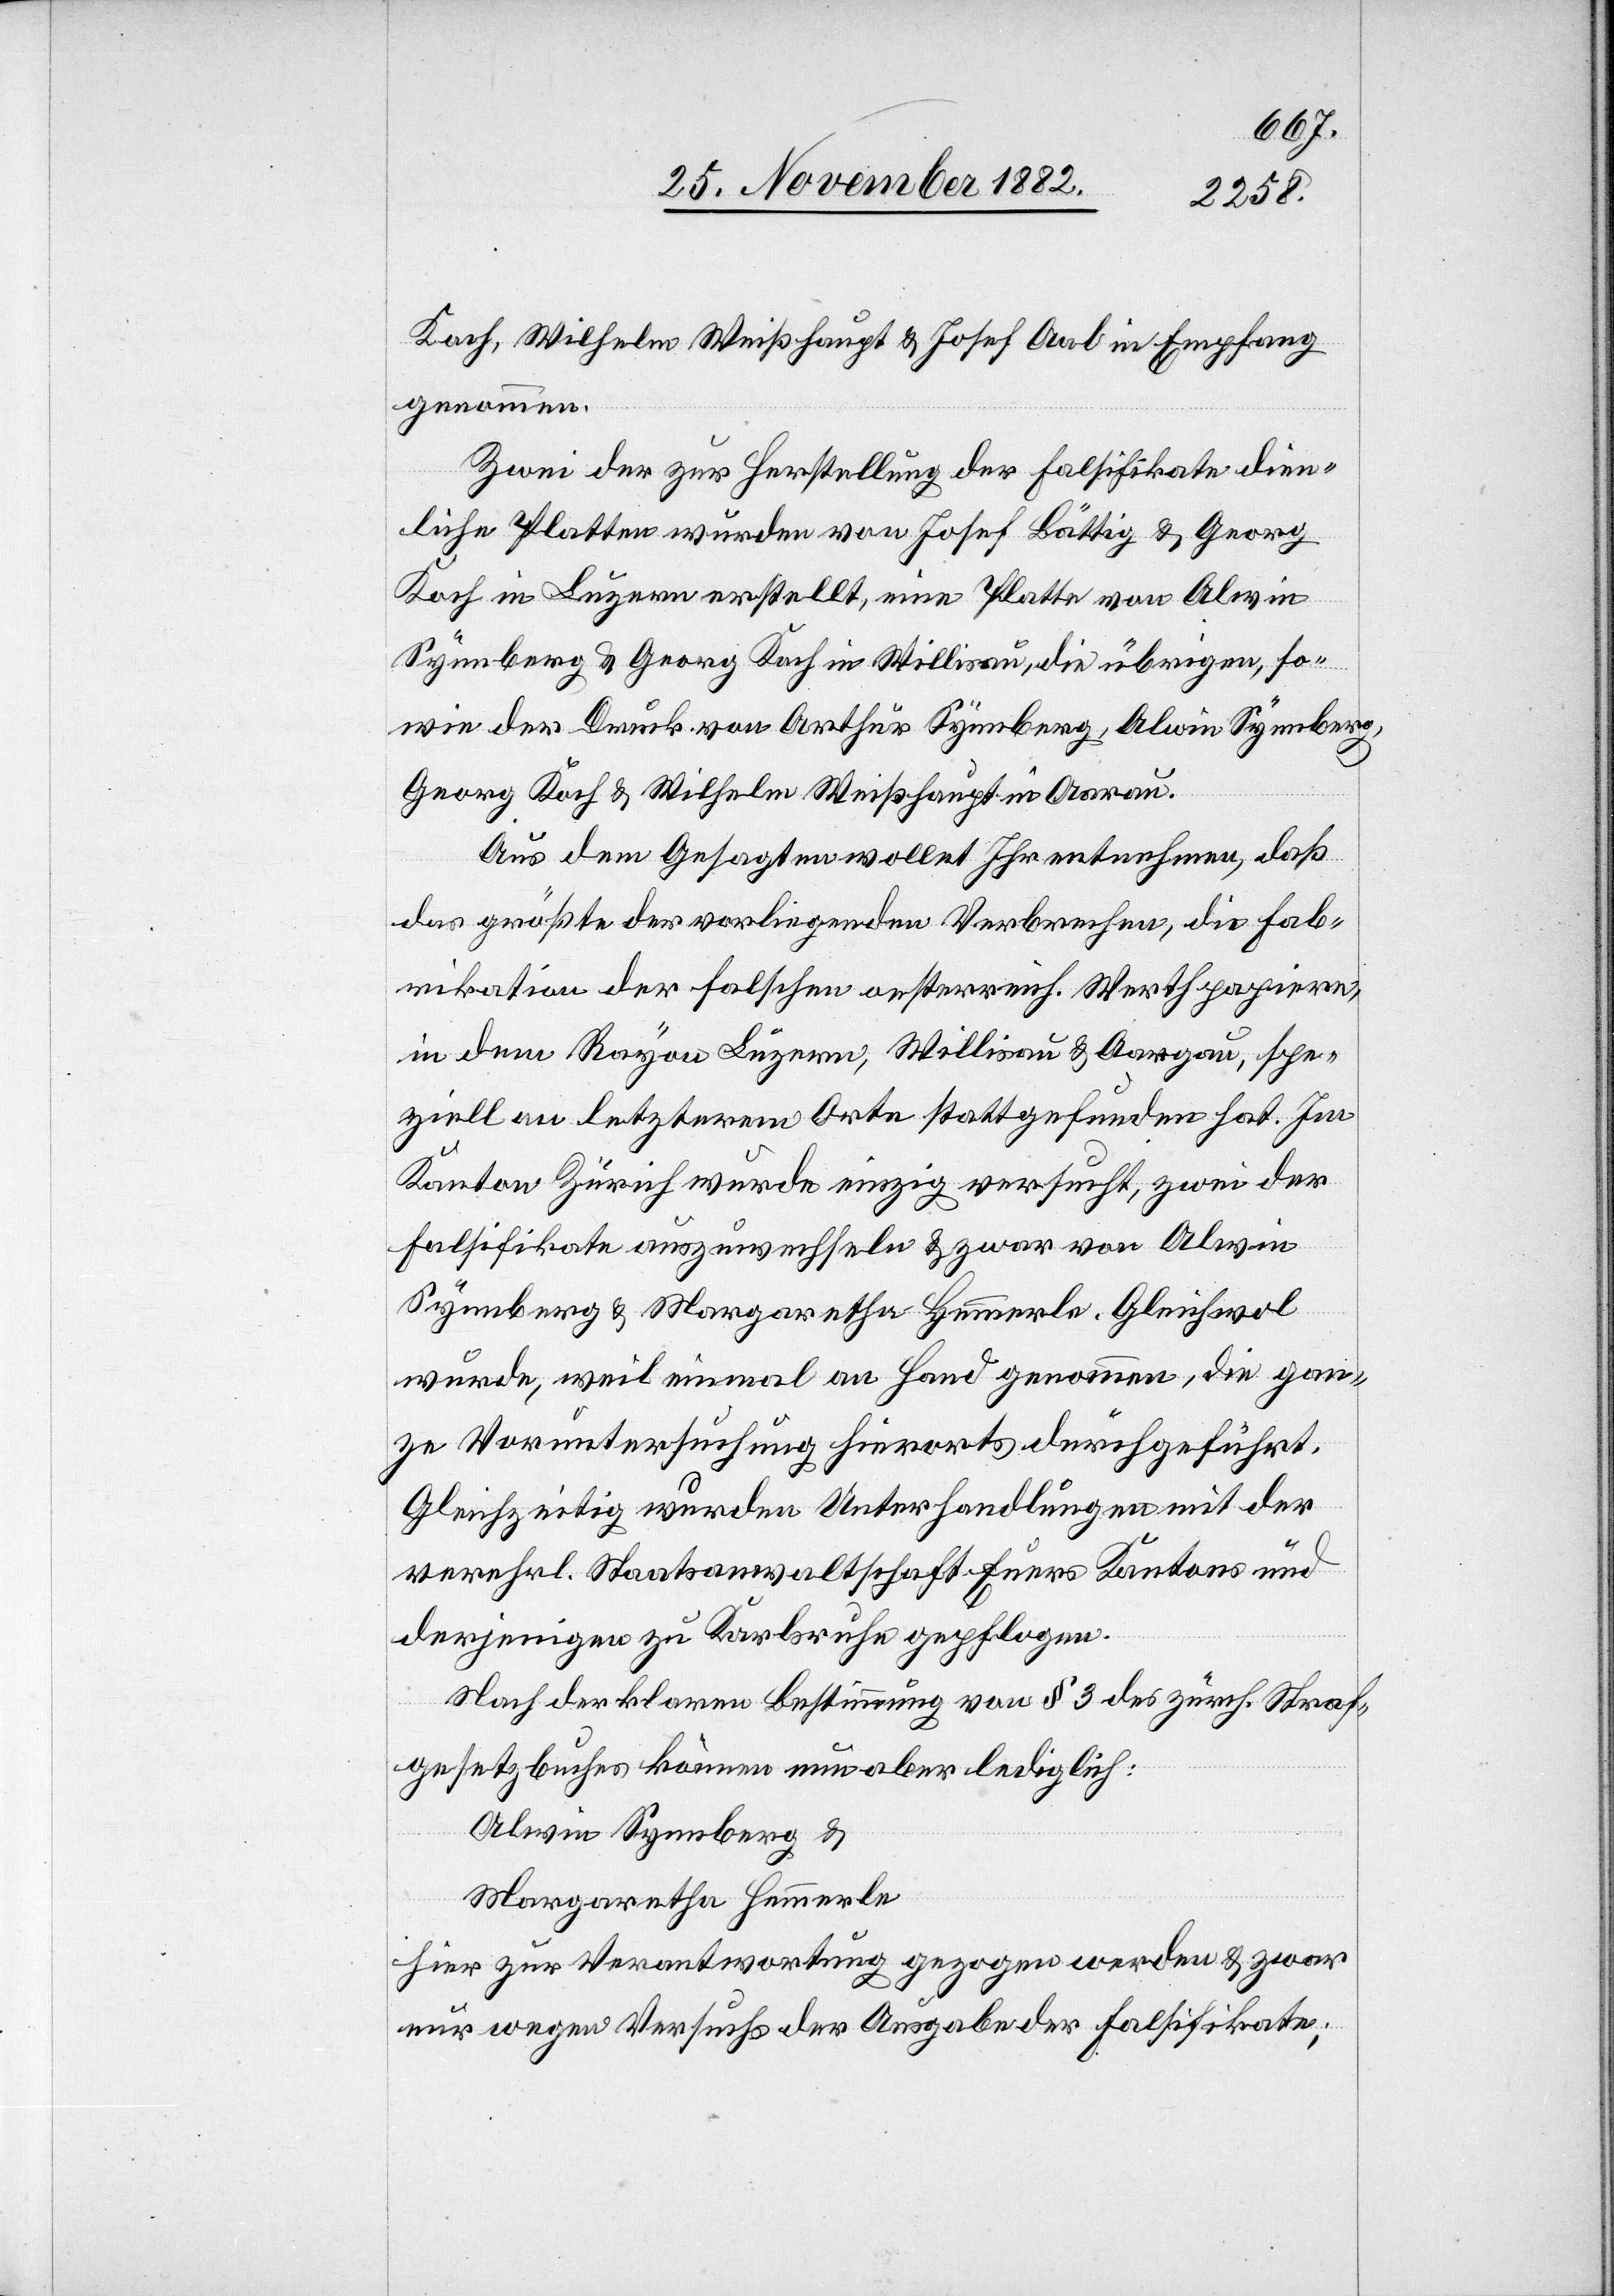
Koch, Wilhelm Weißhaupt & Josef Aal in Empfang
genommen.
Zwei der zur Herstellung der Falsifikate dien¬
liche Platten wurden von Josef Bättig & Georg
Koch in Luzern erstellt, eine Platte von Alwin
Synnberg & Georg Koch in Willisau, die übrigen, so¬
wie der Druck von Arthur Synnberg, Alwin Synnberg,
Georg Koch & Wilhelm Weißhaupt in Aarau.
Aus dem Gesagten wollet Ihr entnehmen, daß
das größte der vorliegenden Verbrechen, die Fab¬
rikation der falschen oesterreich. Werthpapiere,
in dem Rayon Luzern, Willisau & Aargau [sic!],
speziell an letzterem Orte stattgefunden hat. Im
Kanton Zürich wurde einzig versucht, zwei der
Falsifikate auszuwechseln & zwar von Alwin
Synnberg & Margaretha Hemmerle. Gleichwol
wurde, weil einmal an Hand genommen, die gan¬
ze Voruntersuchung hierorts durchgeführt.
Gleichzeitig wurden Unterhandlungen mit der
verehrl. Staatsanwaltschaft Euers Kantons und
derjenigen zu Karlsruhe gepflogen.
Nach der klaren Bestimmung von § 3 des zürch. Straf¬
gesetzbuches können nun aber lediglich:
Alwin Synnberg &
Margaretha Hemmerle
hier zur Verantwortung gezogen werden & zwar
nur wegen Versuchs der Ausgabe der Falsifikate;